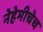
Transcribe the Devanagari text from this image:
नेहेमीचेच